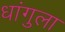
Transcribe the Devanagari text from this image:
धांगुला